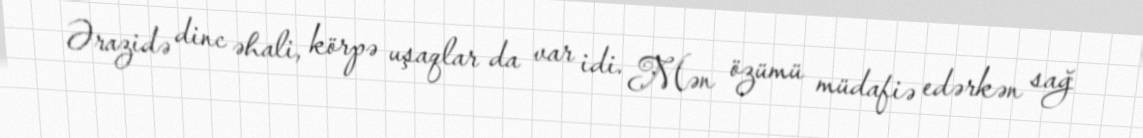
Ərazidə dinc əhali, körpə uşaqlar da var idi. Mən özümü müdafiə edərkən sağ